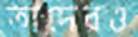
তাদেরও